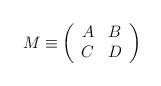
LaTeX: \begin{align*}M \equiv \left( \begin{array}{ cc} A & B \\ C & D \end{array} \right)\end{align*}